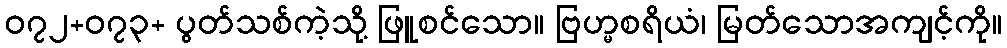
၀၇၂+၀၇၃+ ပွတ်သစ်ကဲ့သို့ ဖြူစင်သော။ ဗြဟ္မစရိယံ၊ မြတ်သောအကျင့်ကို။